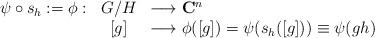
LaTeX: \begin{align*}\begin{array}{rcl}\psi\circ s_{h}:=\phi: &G/H& \longrightarrow {\bf C}^{n} \\ &[g]& \longrightarrow \phi([g])=\psi(s_{h}([g]))\equiv\psi(gh)\end{array}\end{align*}